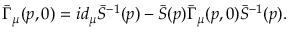
\bar { \Gamma } _ { \mu } ( p , 0 ) = i d _ { \mu } \bar { S } ^ { - 1 } ( p ) - \bar { S } ( p ) \bar { \Gamma } _ { \mu } ( p , 0 ) \bar { S } ^ { - 1 } ( p ) .